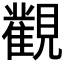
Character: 𰴔